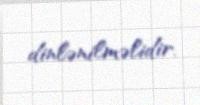
dinlənilməlidir.